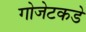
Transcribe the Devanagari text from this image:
गोजेटकडे